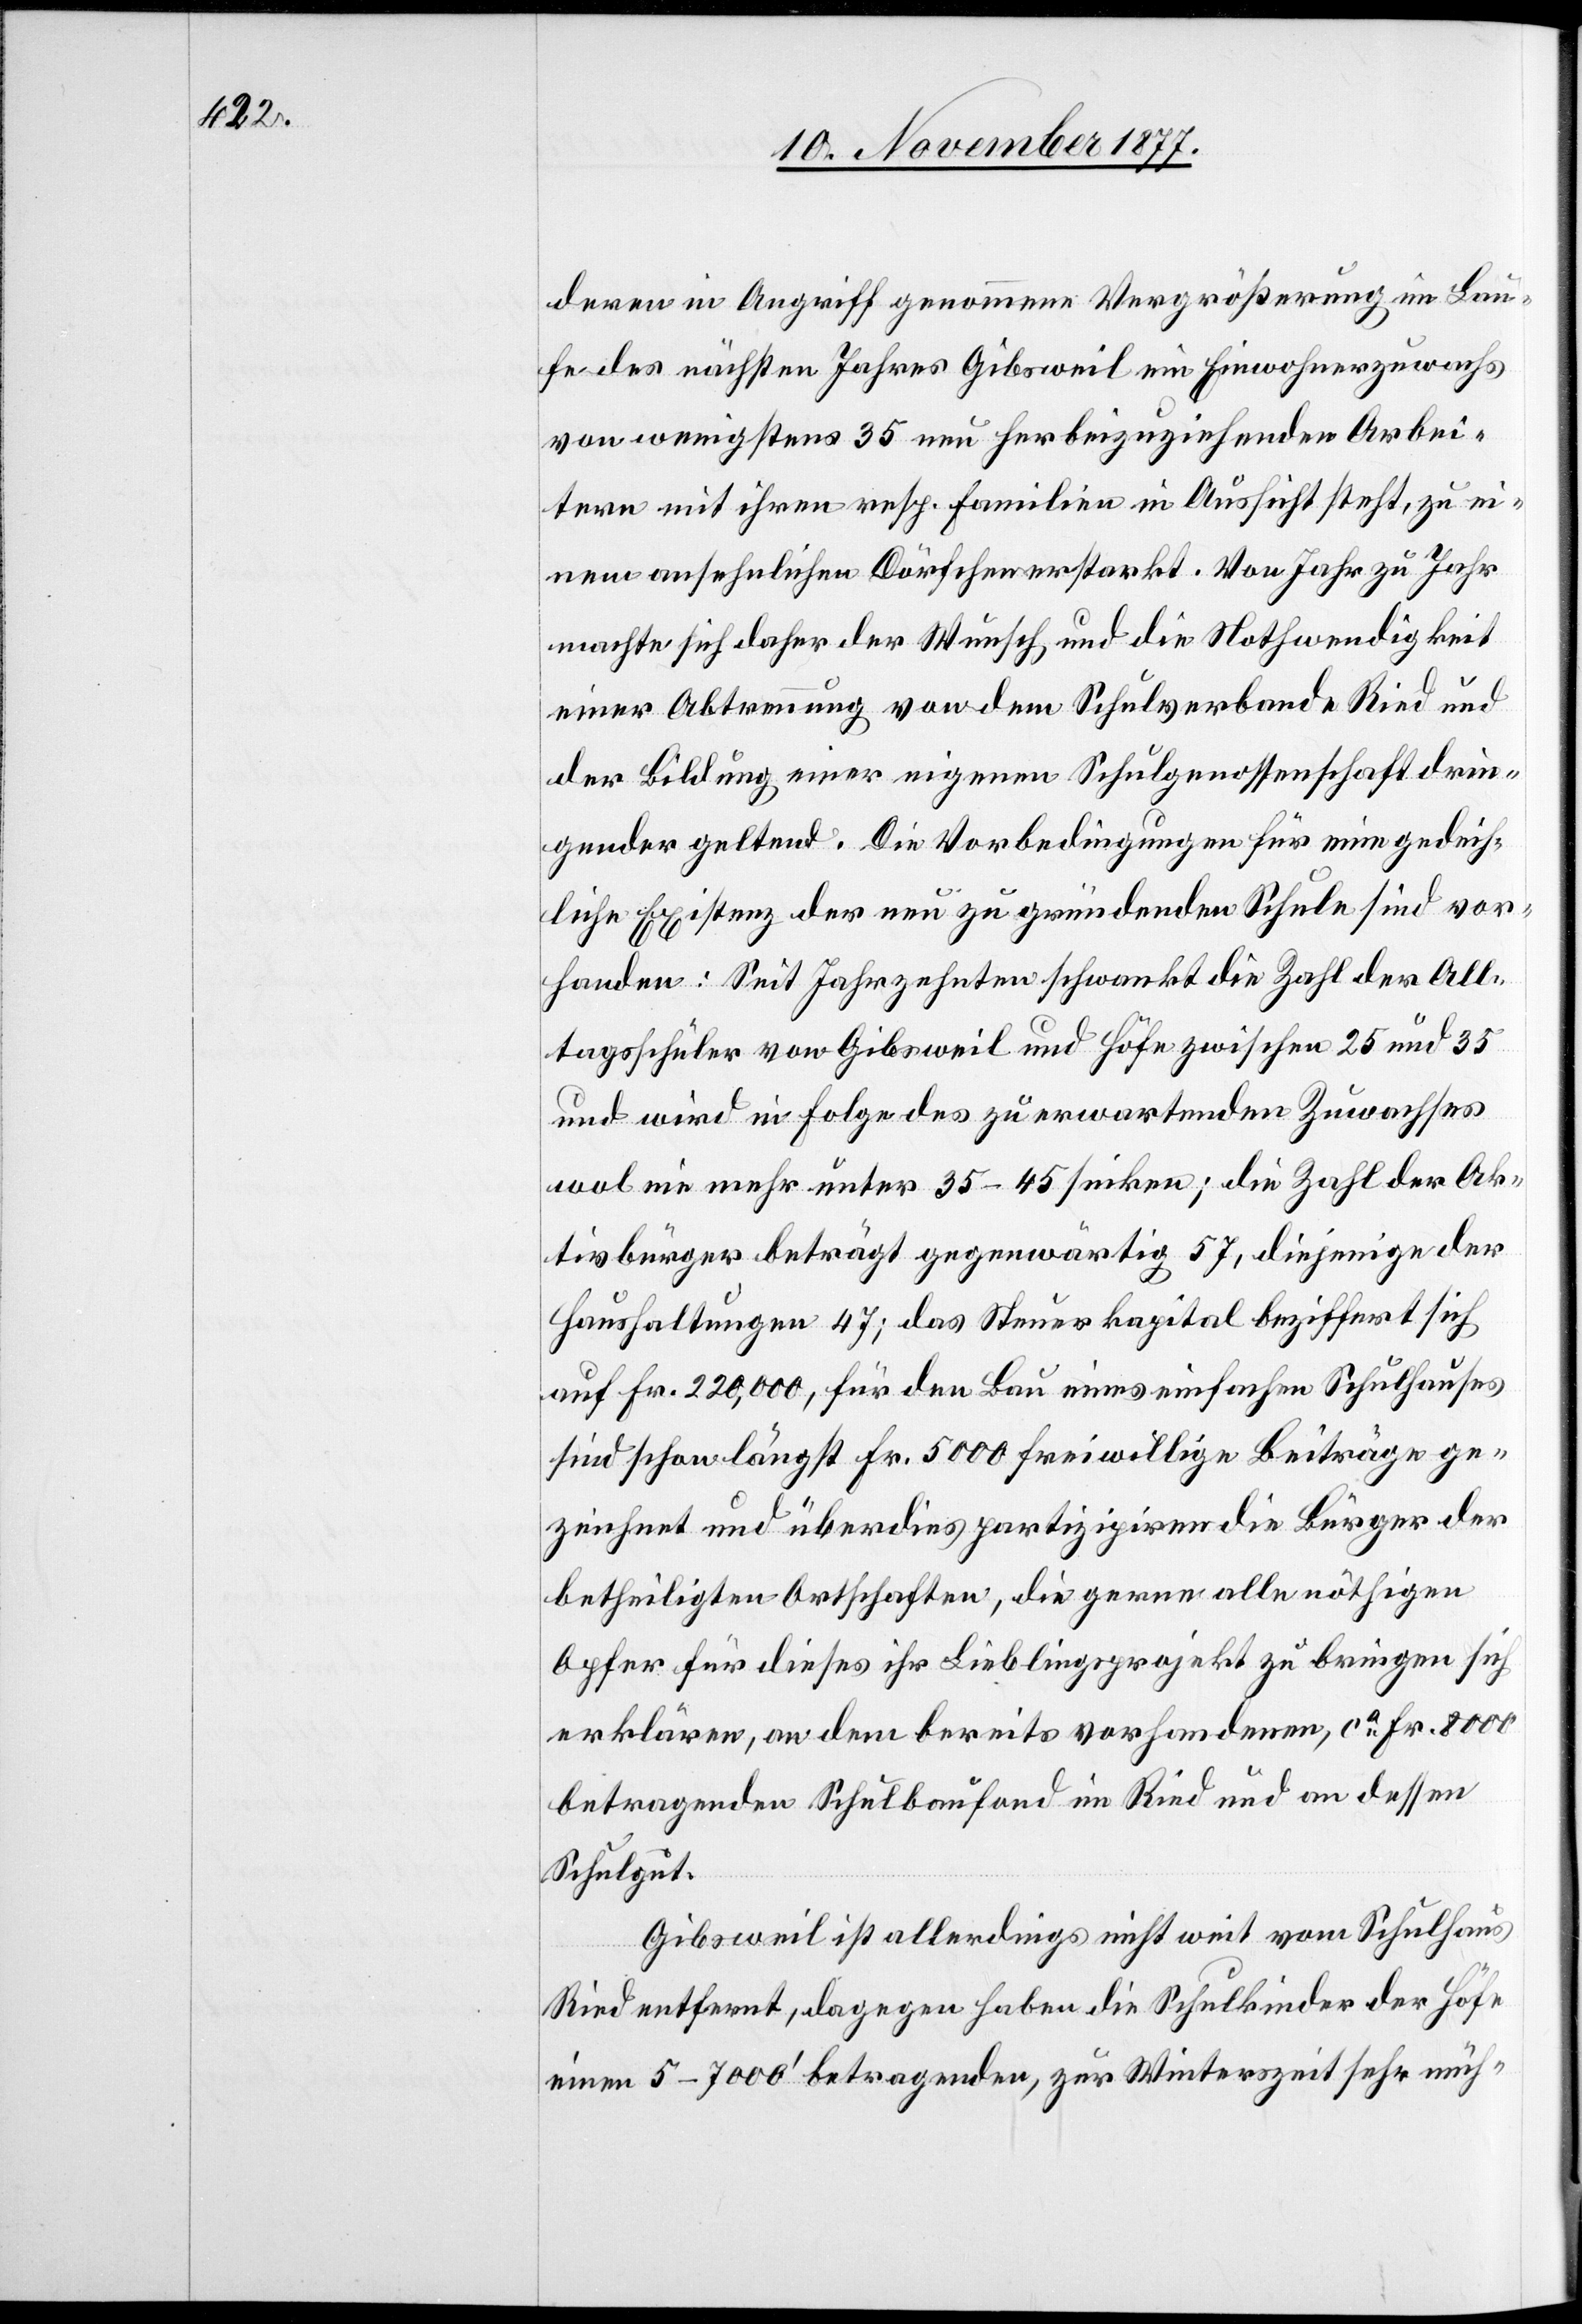
deren in Angriff genommene Vergrößerung im Lau¬
fe des nächsten Jahres Gibsweil ein Einwohnerzuwachs
von wenigstens 35 neu herbeizuziehenden Arbei¬
tern mit ihren resp. Familien in Aussicht steht, zu ei¬
nem ansehnlichen Dörfchen erstarkt. Von Jahr zu Jahr
machte sich daher der Wunsch und die Nothwendigkeit
einer Abtrennung von dem Schulverbande Ried und
der Bildung einer eigenen Schulgenossenschaft drin¬
gender geltend. Die Vorbedingungen für eine gedeih¬
liche Existenz der neu zu gründenden Schule sind vor¬
handen: Seit Jahrzehnten schwankt die Zahl der All¬
tagsschüler von Gibsweil und Höfe zwischen 25 und 35
und wird in Folge des zu erwartenden Zuwachses
wol nie mehr unter 35–45 sinken; die Zahl der Ak¬
tivbürger beträgt gegenwärtig 57, diejenige der
Haushaltungen 47; das Steuerkapital beziffert sich
auf Fr. 220,000, für den Bau eines einfachen Schulhauses
sind schon längst Fr. 5000 freiwillige Beiträge ge¬
zeichnet und überdies partizipiren die Bürger der
betheiligten Ortschaften, die gerne alle nöthigen
Opfer für dieses ihr Lieblingsprojekt zu bringen sich
erklären, an dem bereits vorhandenen, ca Fr. 8000
betragenden Schulbaufond im Ried und an dessen
Schulgut.
Gibsweil ist allerdings nicht weit vom Schulhaus
Ried entfernt, dagegen haben die Schulkinder der Höfe
einen 5–7000‘ betragenden, zur Winterszeit sehr müh-